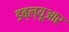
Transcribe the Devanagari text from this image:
डब्‍ल्‍यूआर